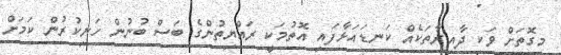
މިގޮތަށް ވަކި ދާއިރާތަކެއް ކަނޑައަޅާފައި އޮތުމަކީ ރައްޔިތުންގެ ބަސް ބުނުން ހަނިކުރުން ކަމަށް